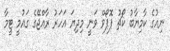
ނިއުގެ ކާމިޔާބު ކޯޗު ޕޮޕޯވް ވަނީ މިދިޔަ އަހަރު ރާއްޖޭގެ ގައުމީ ޓީމާ